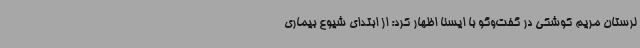
لرستان مریم کوشکی در گفت‌وگو با ایسنا اظهار کرد: از ابتدای شیوع بیماری